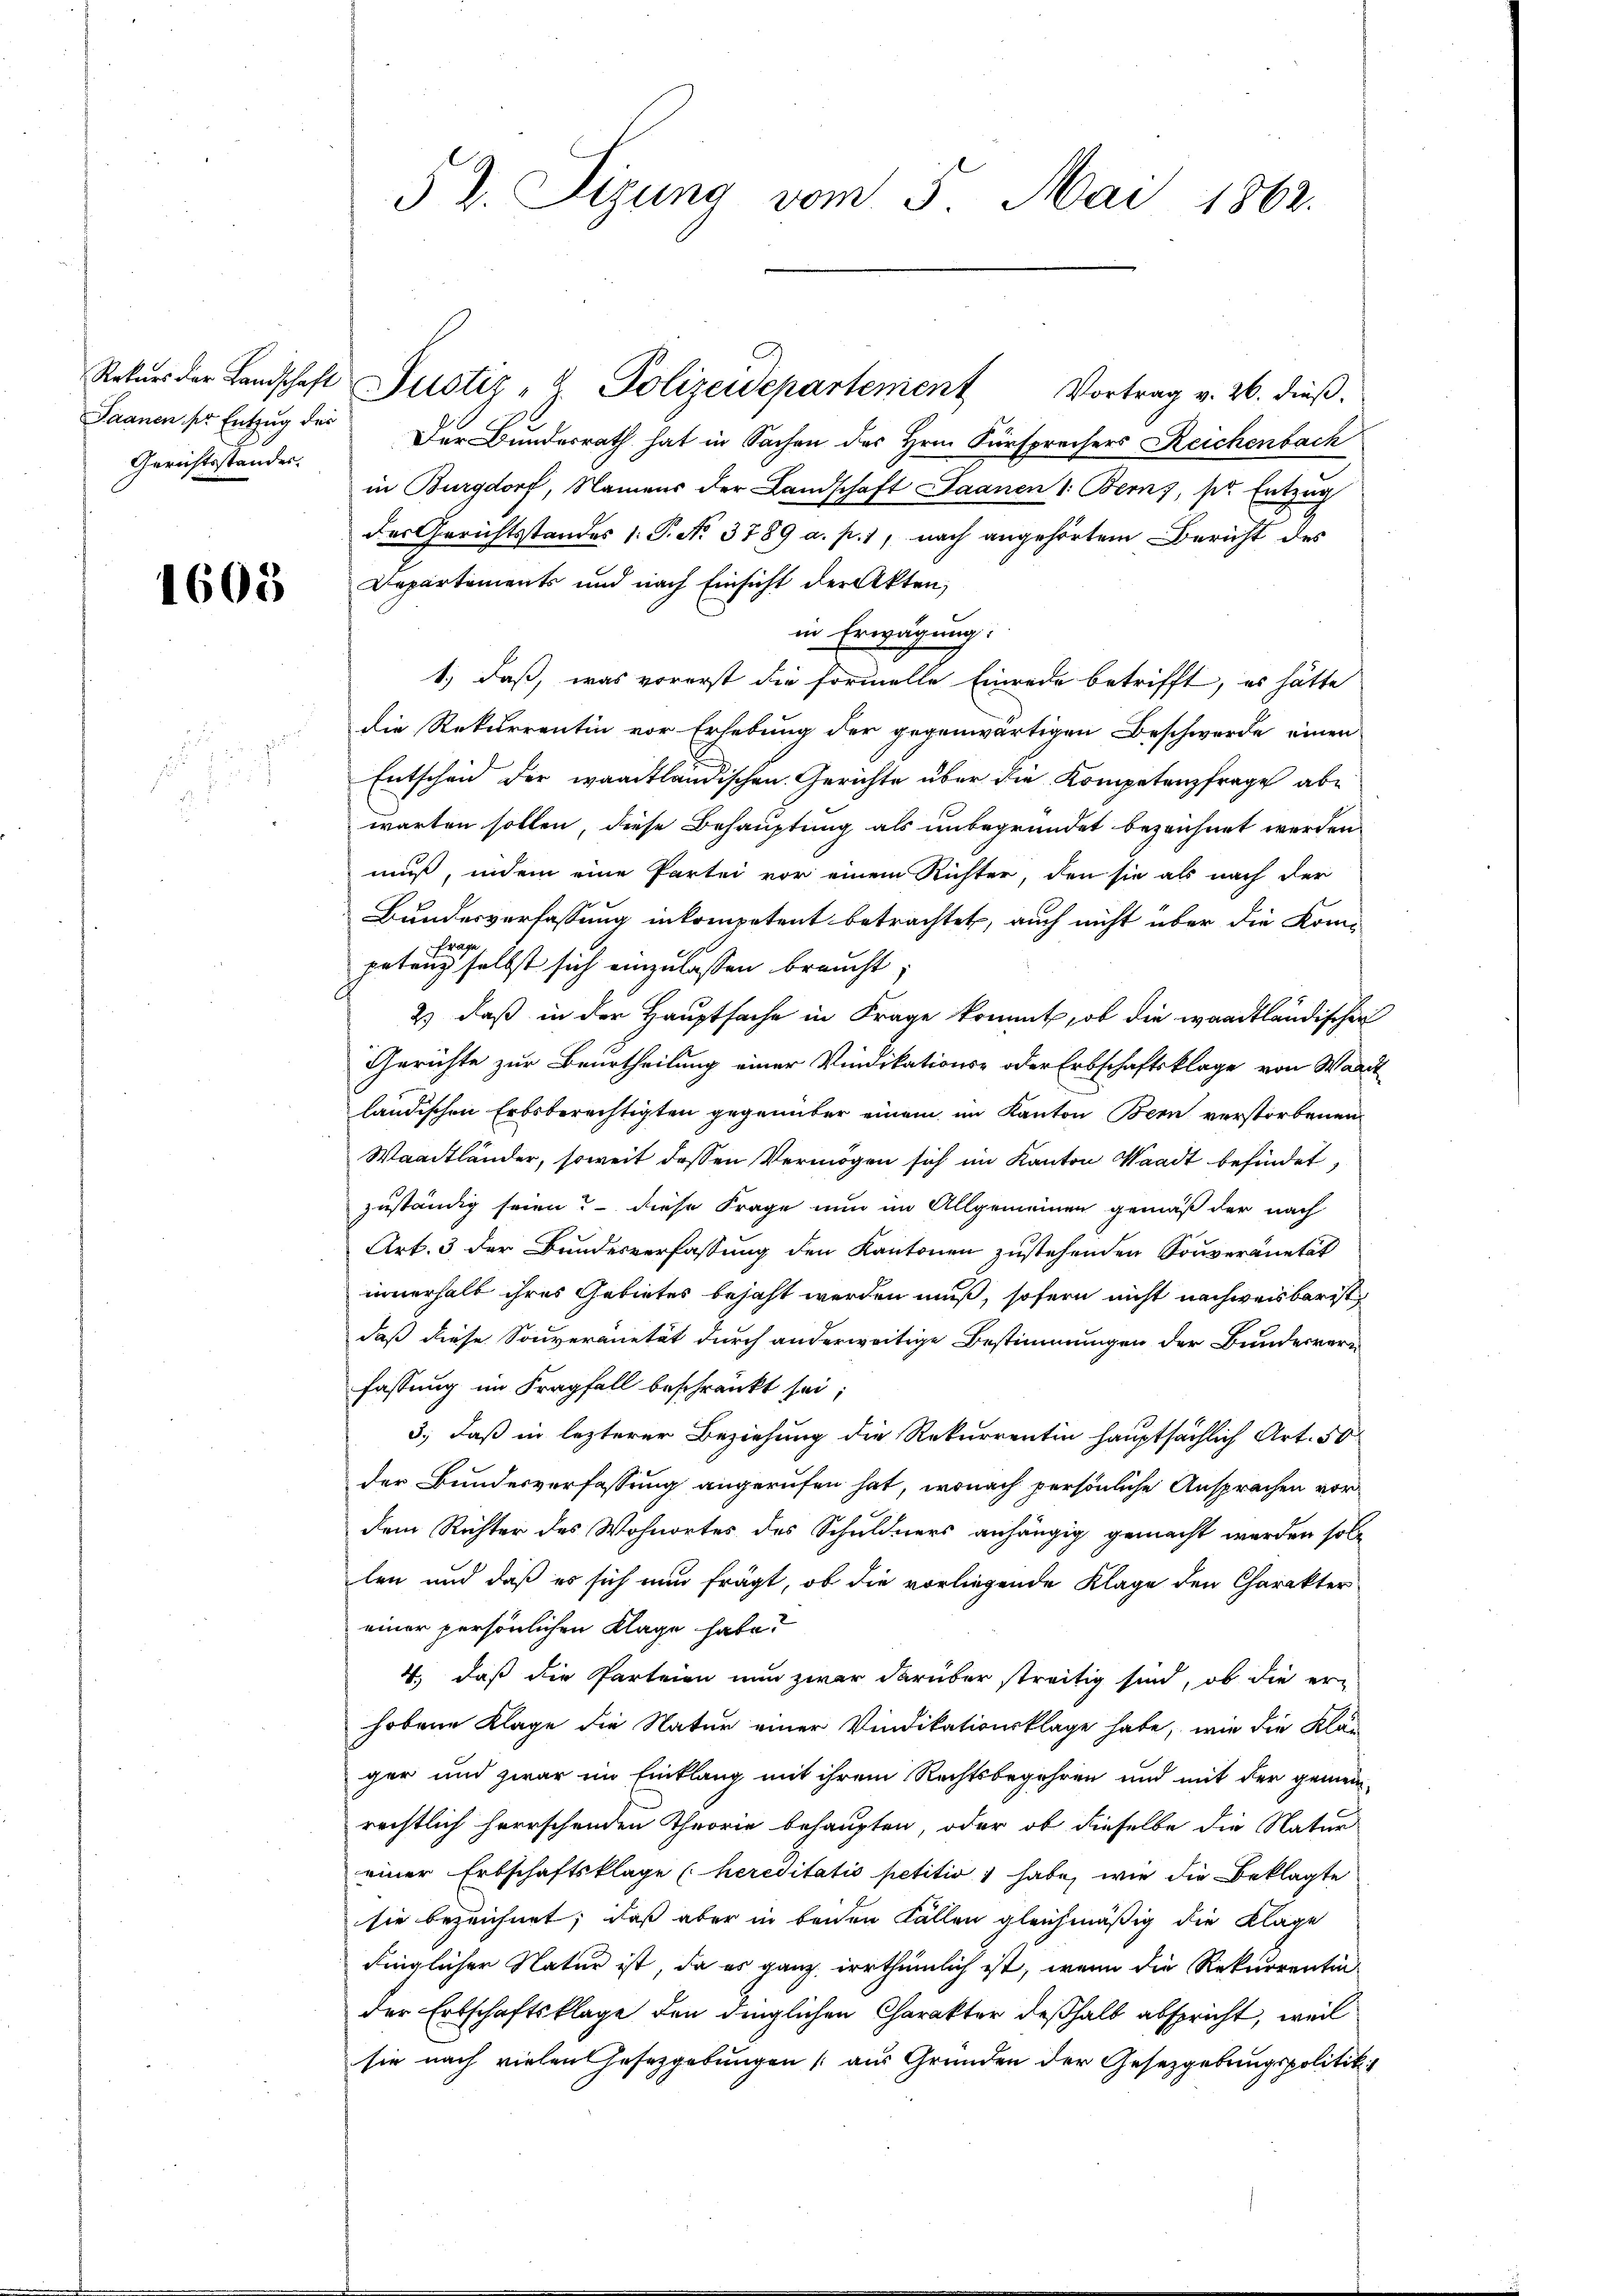
Saanen pr Entzug des
Gerichtsstandes.

1605

§ 2. Sizung vom 5. Mai 1862.

Rekŭrs der Landschaft Zustiz- & Polizeidepartement Vortrag v. 26. dieβ.
Der Bundesrath hat in Sachen des Hrn. Fürsprechers Reichenbach
in Burgdorf, Namens der Landschaft Saanen 1. Bern, pr. Entzug
des Gerichtsstandes 1. P. No. 3789 a. p. 1, nach angehörtem Bericht des
Departements und nach Einsicht der Akten,
in Erwägung:
1.) daß, was vorerst die formelle Einrede betrifft, es hätte
die Rekurrentin vor Erhebung der gegenwärtigen Beschwerde einen
Entscheid der waadtländischen Gerichte über die Kompetenzfrage abe
warten sollen, diese Behauptung als unbegründet bezeichnet werden
muß, indem eine Partei vor einem Richter, den sie als nach der
Bundesverfassung inkompetent betrachtet, auch nicht über die Kompetan selbst sich einzulassen braucht;
2) daß in der Hauptsache in Frage kommt, ob die waadtländischen
Gerichte zur Beurtheilung einer Vindikations- oder Erbschaftsklage von Ward
ländischen Erbsberechtigten gegenüber einem im Kanton Bern verstorbenen
Waadtländer, soweit dessen Vermögen sich im Kanton Waadt befindet,
zuständig seien? Diese Frage nun im Allgemeinen gemäß der nach
Art. 3 der Bundesverfassung den Kantonen zustehenden Souveränetät
innerhalb ihres Gebietes bejaht werden muß, sofern nicht nachweisbarist
daß diese Souveranetät durch anderweitige Bestimmungen der Bundesverfassung im Fragfall beschränkt sei;
3., daß in lezterer Beziehung die Rekurrentin hauptsächlich Art. 50
der Bundesverfassung angerufen hat, wonach persönliche Ansprachen vordem Richter des Wohnortes des Schuldners anhängig gemacht werden soll
len und daß es sich nun frägt, ob die vorliegende Klage den Charakter
einer persönlichen Klage habe?
4., daß die Parteien nun zwar darüber streitig sind, ob die er-
hobene Klage die Natur einer Vindikationsklage habe, wie die Klän
ger und zwar im Einklang mit ihrem Rechtsbegehren und mit der gemein-
rechtlich herrschenden Theorie behaupten, oder ob dieselbe die Natur
einer Erbschaftsklage (hereditatis petitio habe, wie die Beklagte
sie bezeichnet, daß aber in beiden Fällen gleichmäßig die Klage
dinglicher Natur ist, da es ganz irrthümlich ist, wenn die Rekurrentin
der Erbschaftsklage den dinglichen Charakter deßhalb abspricht, weil
sie nach vielen Gesetzgebungen (aus Gründen der Gesetzgebungspolitik